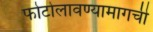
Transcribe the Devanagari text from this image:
फोटोलावण्यामागची